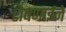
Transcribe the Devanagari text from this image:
रोषणाईने